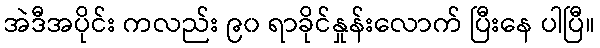
အဲဒီအပိုင်း ကလည်း ၉၀ ရာခိုင်နှုန်းလောက် ပြီးနေ ပါပြီ။